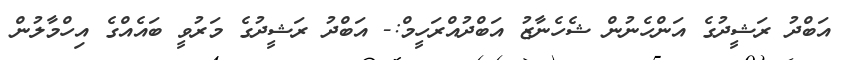
އަބްދު ރަޝީދުގެ އަންހެނުން ޝެހެނާޒު އަބްދުއްރަހީމް:- އަބްދު ރަޝީދުގެ މަރުވީ ބައެއްގެ އިހްމާލުން